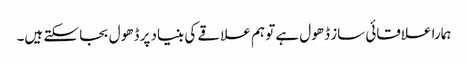
ہمارا علاقائی ساز ڈھول ہے تو ہم علاقے کی بنیاد پر ڈھول بجا سکتے ہیں۔